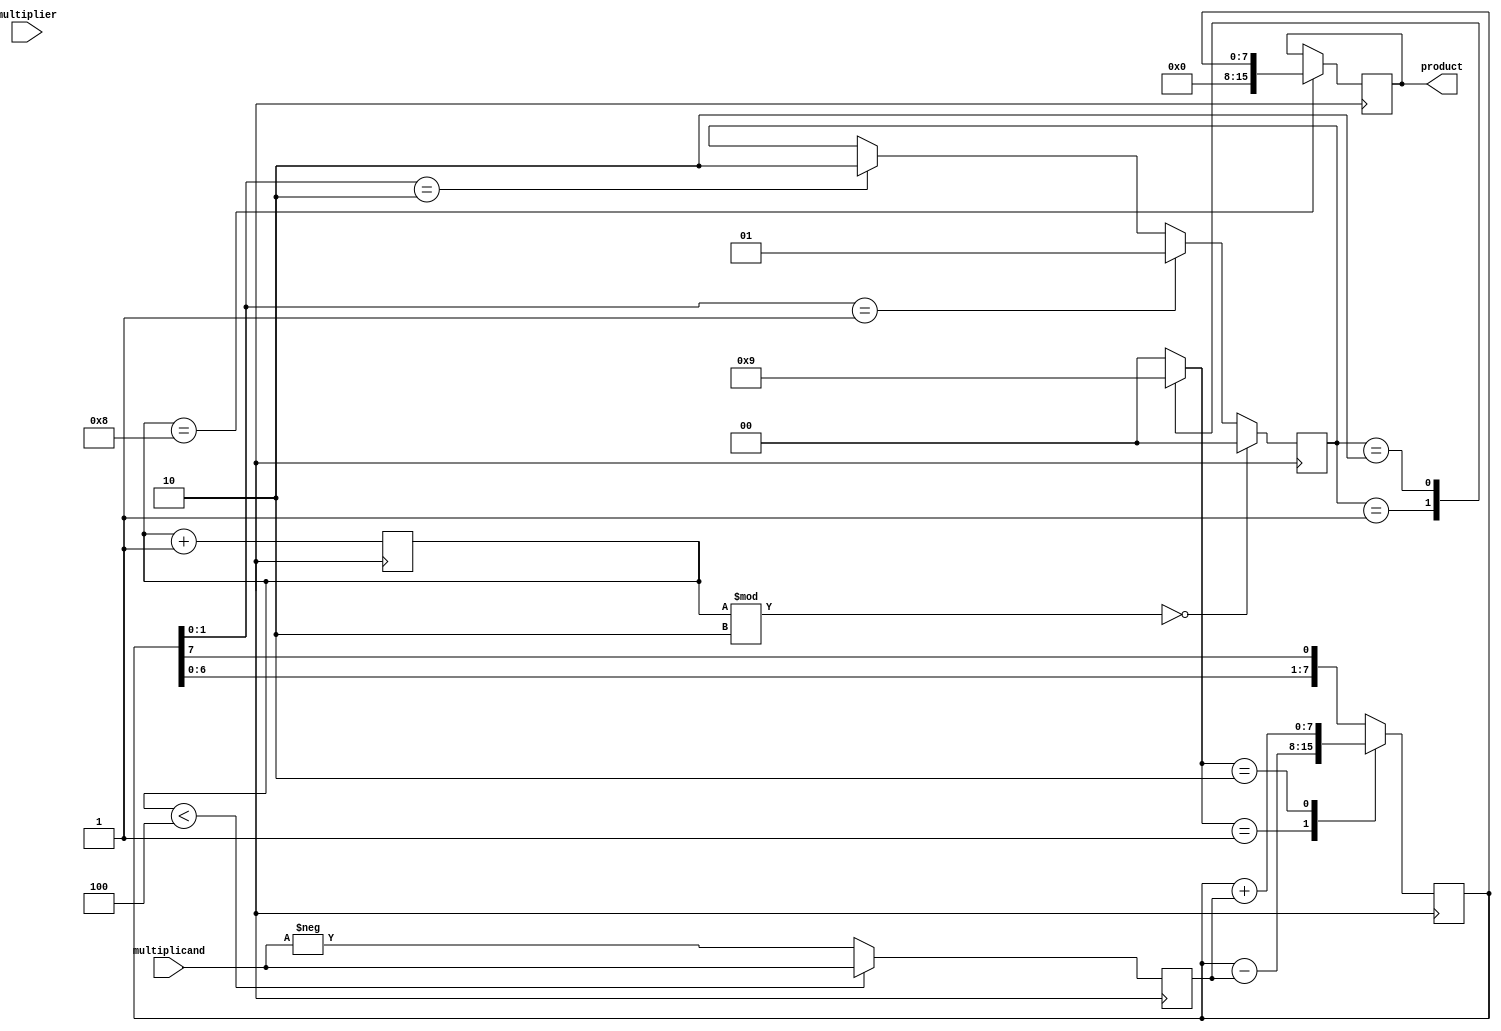
module ModifiedBoothMultiplier (
    input  wire [7:0] multiplicand,
    input  wire [7:0] multiplier,
    output reg [15:0] product
);

reg [7:0] A;
reg [7:0] S;
reg [3:0] count;
reg [1:0] control;
reg [1:0] operation;

always @(*) begin
    case(control)
        2'b00: operation = 2'b00; // shift
        2'b01: operation = 2'b10; // add
        2'b10: operation = 2'b01; // subtract
        default: operation = 2'b00; // shift
    endcase
end

always @(posedge clk) begin
    case(operation)
        2'b00: begin // shift
            S <= {S[6:0], S[7]};
        end
        2'b01: begin // subtract
            S <= S - A;
        end
        2'b10: begin // add
            S <= S + A;
        end
        default: begin // shift
            S <= {S[6:0], S[7]};
        end
    endcase
end

always @(posedge clk) begin
    if(count < 4) begin
        A <= multiplicand;
    end else begin
        A <= -multiplicand;
    end

    if(count % 2 == 0) begin
        control <= 2'b00; // shift
    end else begin
        if(S[1:0] == 2'b01) begin
            control <= 2'b01; // add
        end else if(S[1:0] == 2'b10) begin
            control <= 2'b10; // subtract
        end
    end

    count <= count + 1;
end

always @(posedge clk) begin
    if(count == 8) begin
        product <= S;
    end
end

endmodule